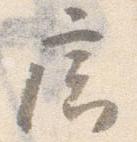
廊